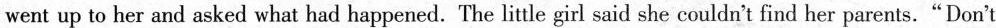
went up to her and asked what had happened. The little girl said she couldn't find her parents."Don't